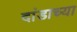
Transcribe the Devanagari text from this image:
दांडाच्या